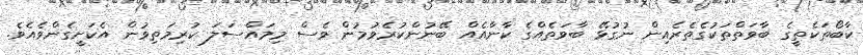
ކާބޯތަކެތީގެ ބާވަތްތަކުގެތެރެއިން ނުގުޅޭ ބާވަތެއްގެ ކާނާއެއް ބޭނުންކުރެވުމުން ވެސް މިމައްސަލަ ކުރިމަތިވުން އެކަށީގެންވެއެވެ.